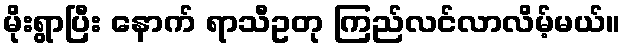
မိုးရွာပြီး နောက် ရာသီဥတု ကြည်လင်လာလိမ့်မယ်။